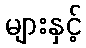
များနှင့်